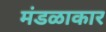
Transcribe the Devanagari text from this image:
मंडळाकार